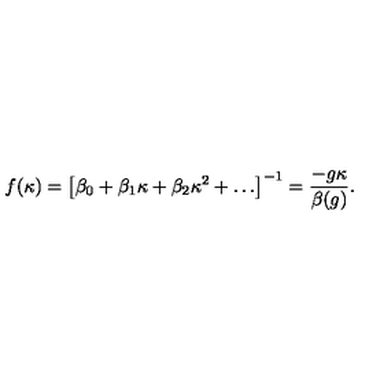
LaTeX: f ( \kappa ) = \left[ \beta _ { 0 } + \beta _ { 1 } \kappa + \beta _ { 2 } \kappa ^ { 2 } + \ldots \right] ^ { - 1 } = \frac { - g \kappa } { \beta ( g ) } .